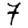
Digit: 7